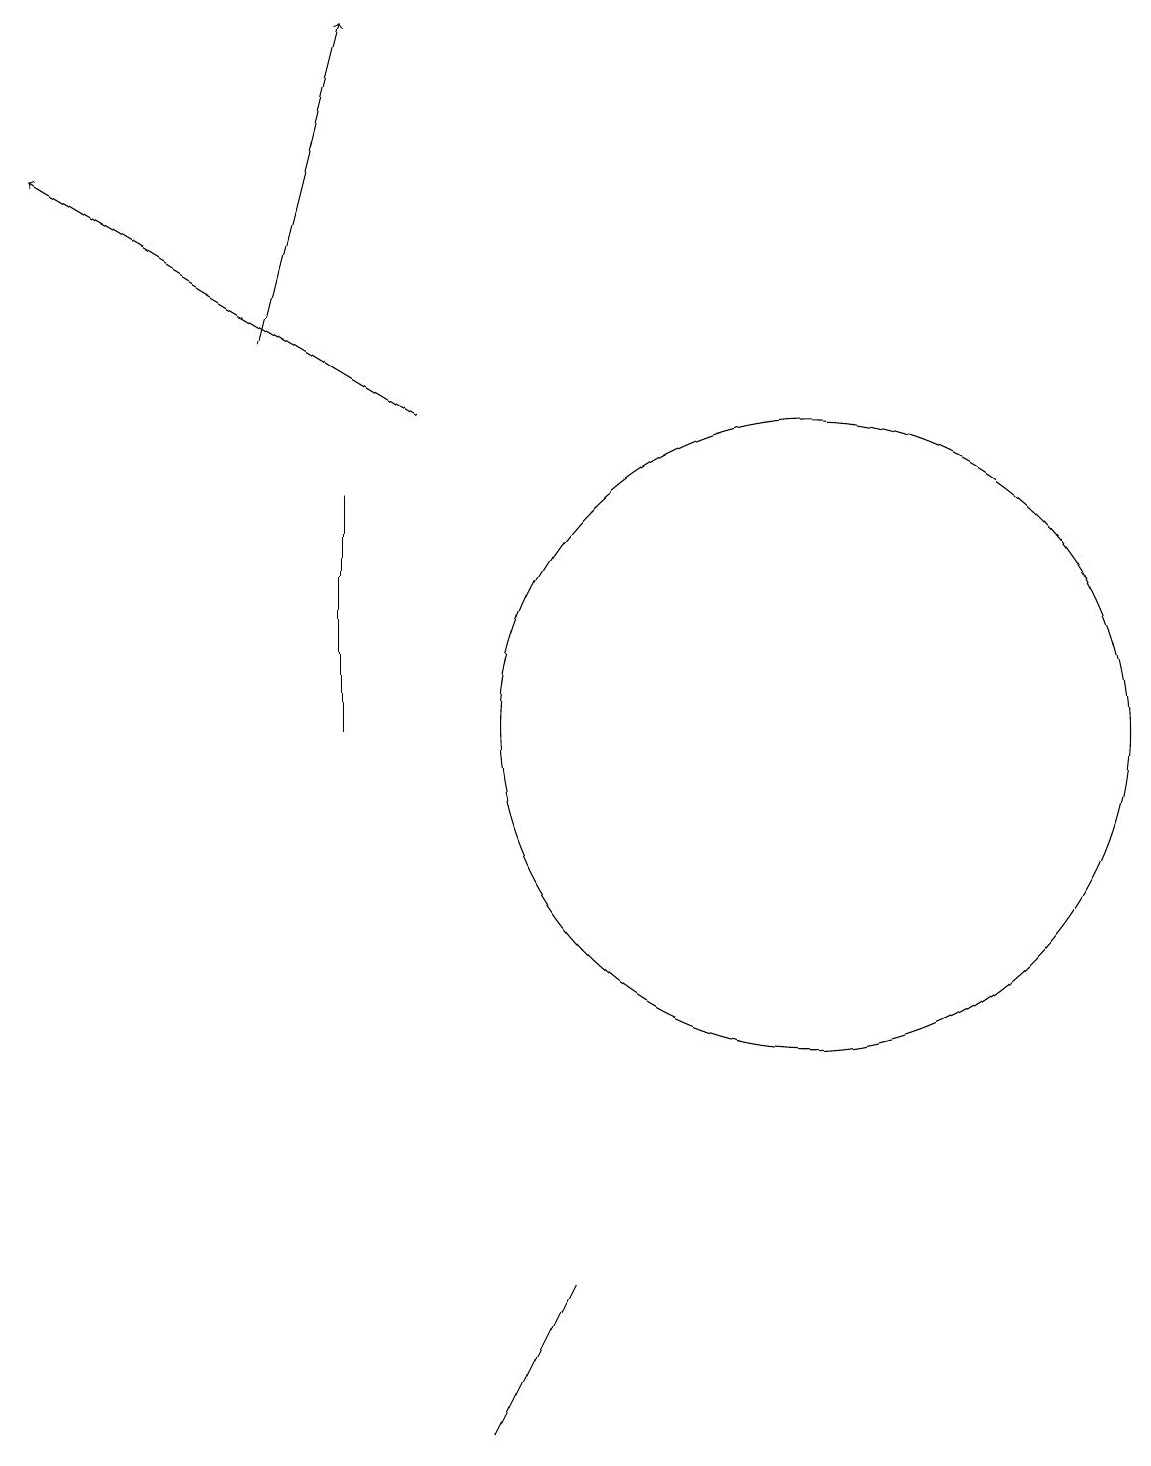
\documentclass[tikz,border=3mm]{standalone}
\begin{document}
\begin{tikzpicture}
\draw (7,3) -- (6,1) -- (7,3) -- cycle;
\draw[->] (5,14) -- (0,17);
\draw (10,10) circle (4);
\draw (4,10) rectangle (4,13);
\draw[->] (3,15) -- (4,19);
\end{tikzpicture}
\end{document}